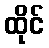
ထိုင်